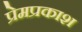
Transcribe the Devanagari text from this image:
प्रेमप्रकाश